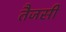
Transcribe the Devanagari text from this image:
तैजसी